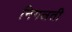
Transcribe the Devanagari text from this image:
निगलती